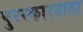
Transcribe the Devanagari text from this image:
पुरस्कारदाता